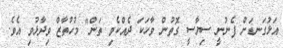
އަޅުގަނޑަށް ފެނުނީ ސިޔާސީ ގޮތުން ވާހަކަ ދެއްކެވި ތަން" މުހުތާޒް ވިދާޅުވި އެވެ.